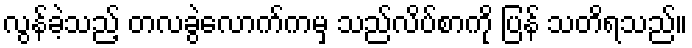
လွန်ခဲ့သည့် တလခွဲလောက်ကမှ သည်လိပ်စာကို ပြန် သတိရသည်။